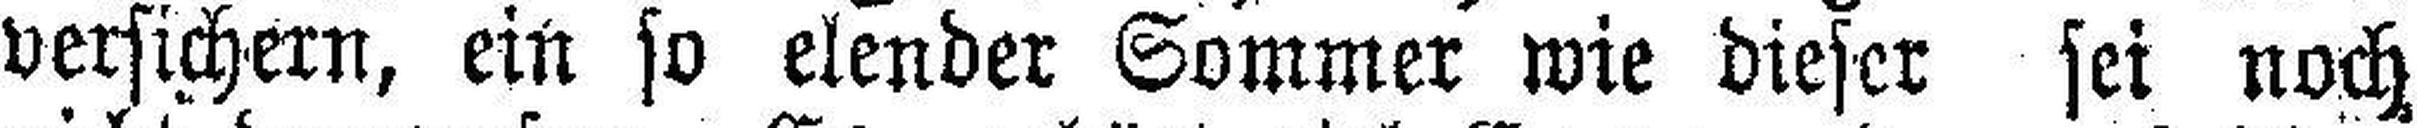
versichern, ein so elender Sommer wie dieser sei noch